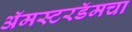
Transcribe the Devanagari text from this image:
अॅमस्टरडॅमचा